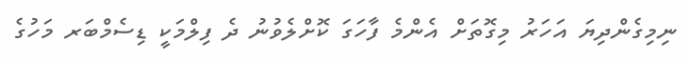
ނިމިގެންދިޔަ އަހަރު މިގޮތަށް އެންމެ ފާހަގަ ކޮށްލެވުނު ދެ ފިލްމަކީ ޑިސެމްބަރ މަހުގެ